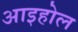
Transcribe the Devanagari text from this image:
आइहोल